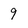
Character: 9